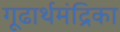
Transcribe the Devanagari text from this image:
गूढार्थमंद्रिका